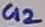
Text: C12